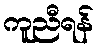
ကူညီရန်